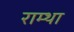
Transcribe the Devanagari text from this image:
राम्था